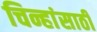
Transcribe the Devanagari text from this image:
चिन्हांसाठी